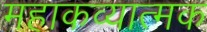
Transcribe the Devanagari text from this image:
महाकव्यात्मक